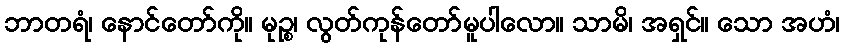
ဘာတရံ၊ နောင်တော်ကို။ မုဉ္စ၊ လွတ်ကုန်တော်မူပါလော။ သာမိ၊ အရှင်။ သော အဟံ၊